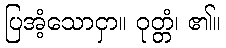
ပြအံ့သောငှာ။ ဝုတ္တံ၊ ၏။